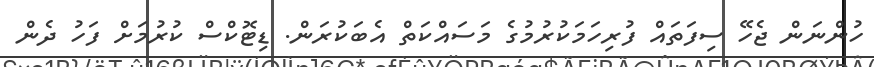
ހުންނަން ޖެހޭ ސިފަތައް ފުރިހަމަކުރުމުގެ މަސައްކަތް އެބަކުރަން. ޑިޓޮކްސް ކުރުމަށް ފަހު ދެން